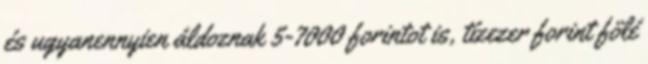
és ugyanennyien áldoznak 5-7000 forintot is, tízezer forint fölé